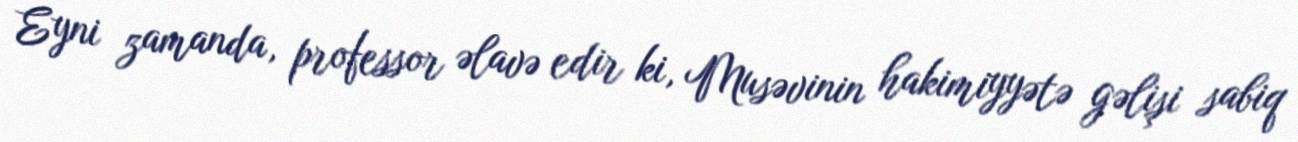
Eyni zamanda, professor əlavə edir ki, Musəvinin hakimiyyətə gəlişi sabiq